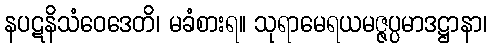
နပဋနိသံဝေဒေတိ၊ မခံစားရ။ သုရာမေရယမဇ္ဇပ္ပမာဒဋ္ဌာနာ၊